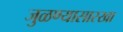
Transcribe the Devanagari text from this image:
जुळण्यासारखा